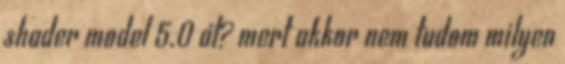
shader model 5.0 át? mert akkor nem tudom milyen